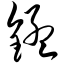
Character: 锰